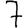
Digit: 7